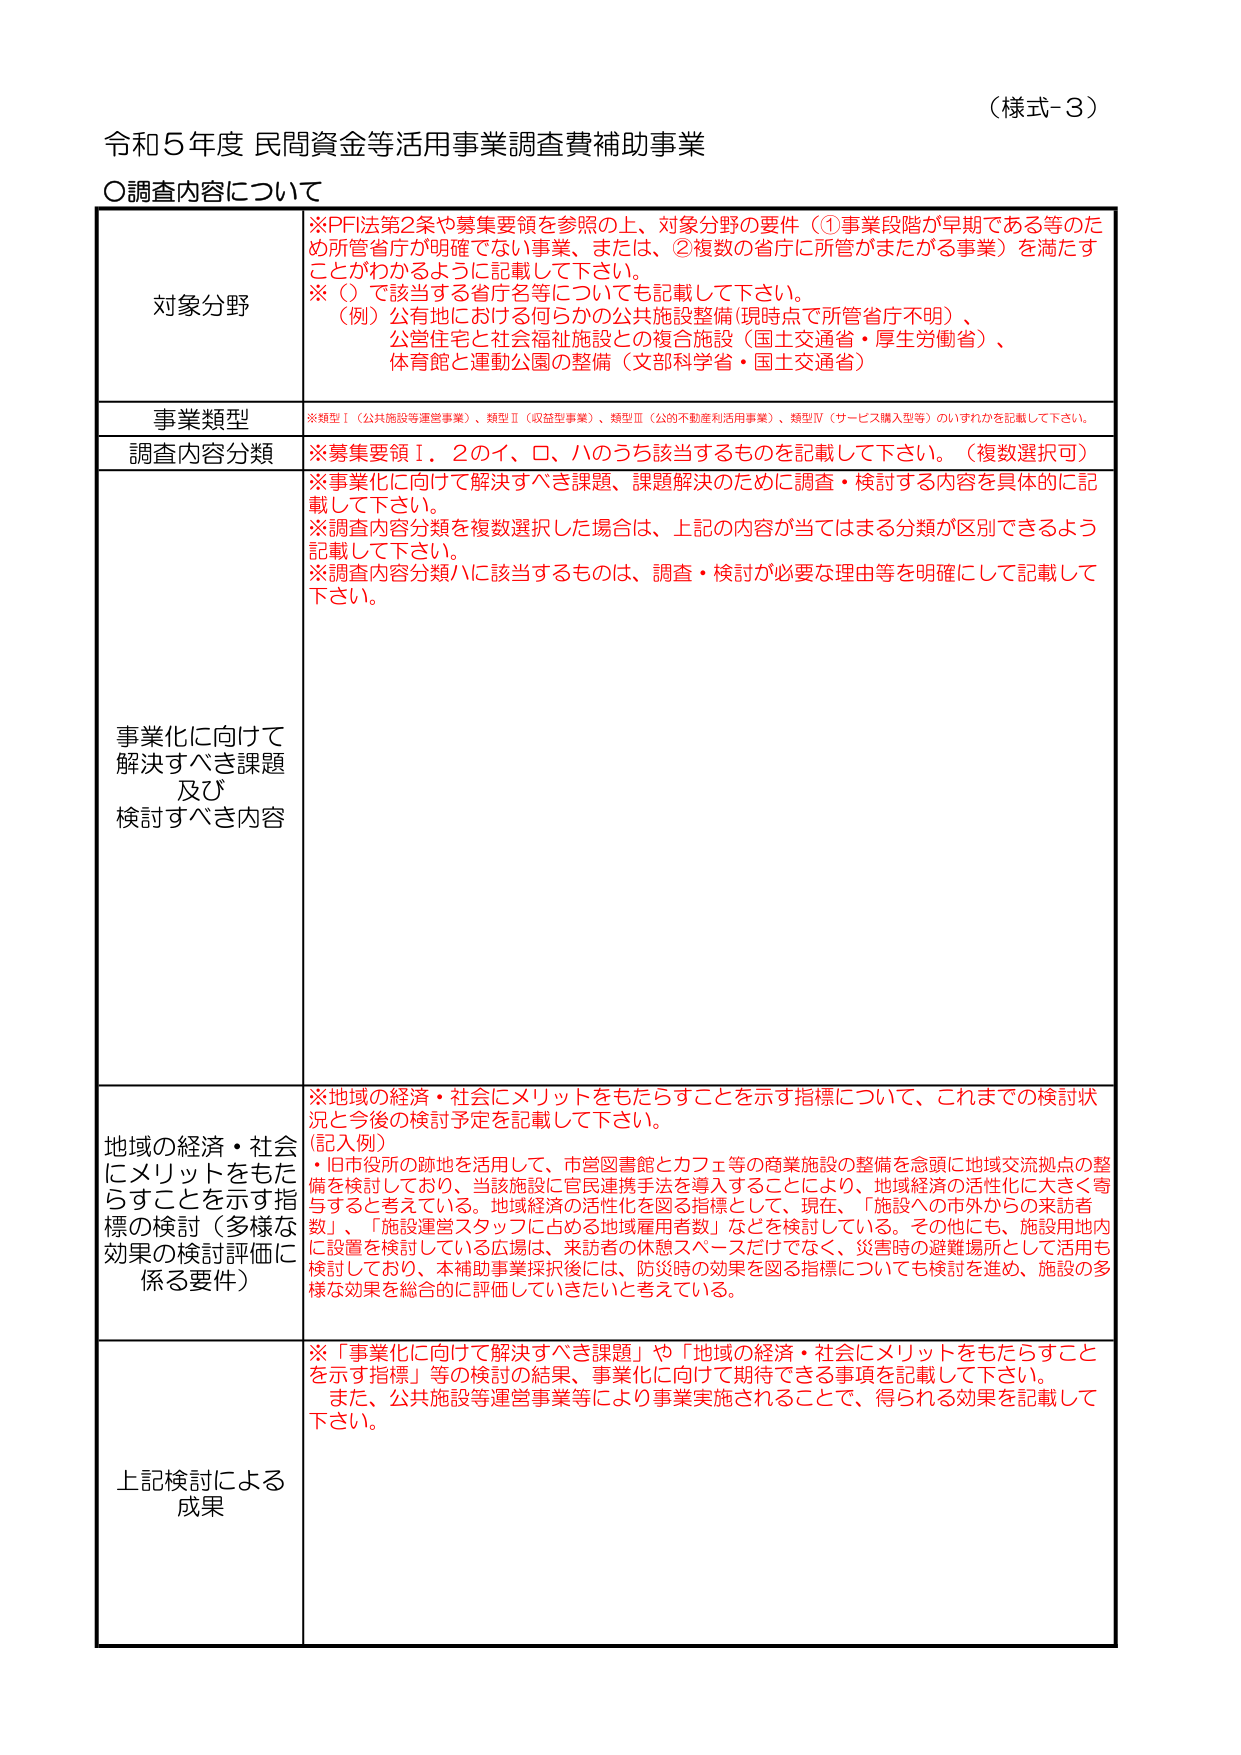
（様式-3）

令和5年度 民間資金等活用事業調査費補助事業

〇調査内容について

対象分野
※PFI法第2条や募集要領を参照の上、対象分野の要件（①事業段階が早期である等のため所管省庁が明確でない事業、または、②複数の省庁に所管がまたがる事業）を満たすことがわかるように記載して下さい。
※（）で該当する省庁名等についても記載して下さい。
（例）公有地における何らかの公共施設整備（現時点で所管省庁不明）、
公営住宅と社会福祉施設との複合施設（国土交通省・厚生労働省）、
体育館と運動公園の整備（文部科学省・国土交通省）

事業類型
※類型Ⅰ（公共施設等運営事業）、類型Ⅱ（収益型事業）、類型Ⅲ（公的不動産利活用事業）、類型Ⅳ（サービス購入型等）のいずれかを記載して下さい。

調査内容分類
※募集要領Ⅰ．2のイ、ロ、ハのうち該当するものを記載して下さい。（複数選択可）
※事業化に向けて解決すべき課題、課題解決のために調査・検討する内容を具体的に記載して下さい。
※調査内容分類を複数選択した場合は、上記の内容が当てはまる分類が区別できるよう記載して下さい。
※調査内容分類ハに該当するものは、調査・検討が必要な理由等を明確にして記載して下さい。

事業化に向けて解決すべき課題及び検討すべき内容

地域の経済・社会にメリットをもたらすことを示す指標の検討（多様な効果の検討評価に係る要件）
※地域の経済・社会にメリットをもたらすことを示す指標について、これまでの検討状況と今後の検討予定を記載して下さい。
（記入例）
・旧市役所の跡地を活用して、市営図書館とカフェ等の商業施設の整備を念頭に地域交流拠点の整備を検討しており、当該施設に官民連携手法を導入することにより、地域経済の活性化に大きく寄与すると考えている。地域経済の活性化を図る指標として、現在、「施設への市外からの来訪者数」、「施設運営スタッフに占める地域雇用者数」などを検討している。その他にも、施設用地内に設置を検討している広場は、来訪者の休憩スペースだけでなく、災害時の避難場所として活用も検討しており、本補助事業採択後には、防災時の効果を図る指標についても検討を進め、施設の多様な効果を総合的に評価していきたいと考えている。

上記検討による成果
※「事業化に向けて解決すべき課題」や「地域の経済・社会にメリットをもたらすことを示す指標」等の検討の結果、事業化に向けて期待できる事項を記載して下さい。
また、公共施設等運営事業等により事業実施されることで、得られる効果を記載して下さい。